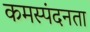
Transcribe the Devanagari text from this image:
कमस्पंदनता